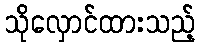
သိုလှောင်ထားသည့်